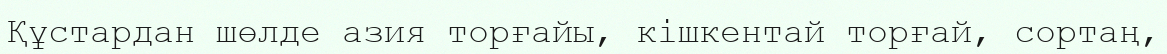
Құстардан шөлде азия торғайы, кішкентай торғай, copтaң,